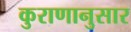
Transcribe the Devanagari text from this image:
कुराणानुसार